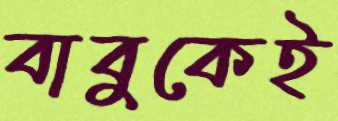
বাবুকেই